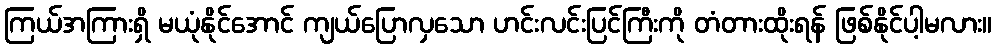
ကြယ်အကြားရှိ မယုံနိုင်အောင် ကျယ်ပြောလှသော ဟင်းလင်းပြင်ကြီးကို တံတားထိုးရန် ဖြစ်နိုင်ပါ့မလား။